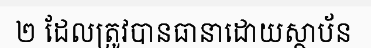
២ ដែលត្រូវបានធានាដោយស្ថាប័ន